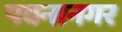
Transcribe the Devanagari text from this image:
पवनानगर